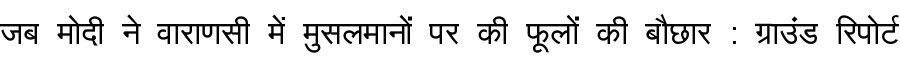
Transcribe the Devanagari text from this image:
जब मोदी ने वाराणसी में मुसलमानों पर की फूलों की बौछार : ग्राउंड रिपोर्ट